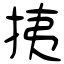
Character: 挗